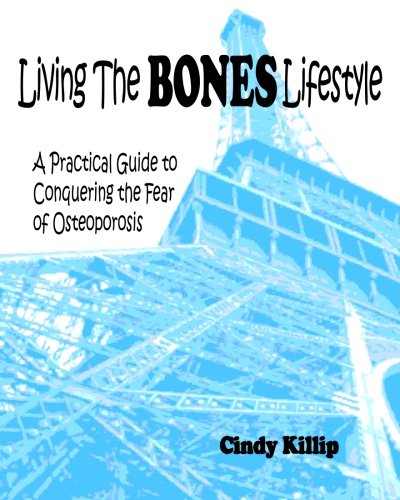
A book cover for Living the BONES Lifestyle: A Practical Guide To Conquering The Fear of Osteoporosis; Cindy Killip; Health, Fitness & Dieting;